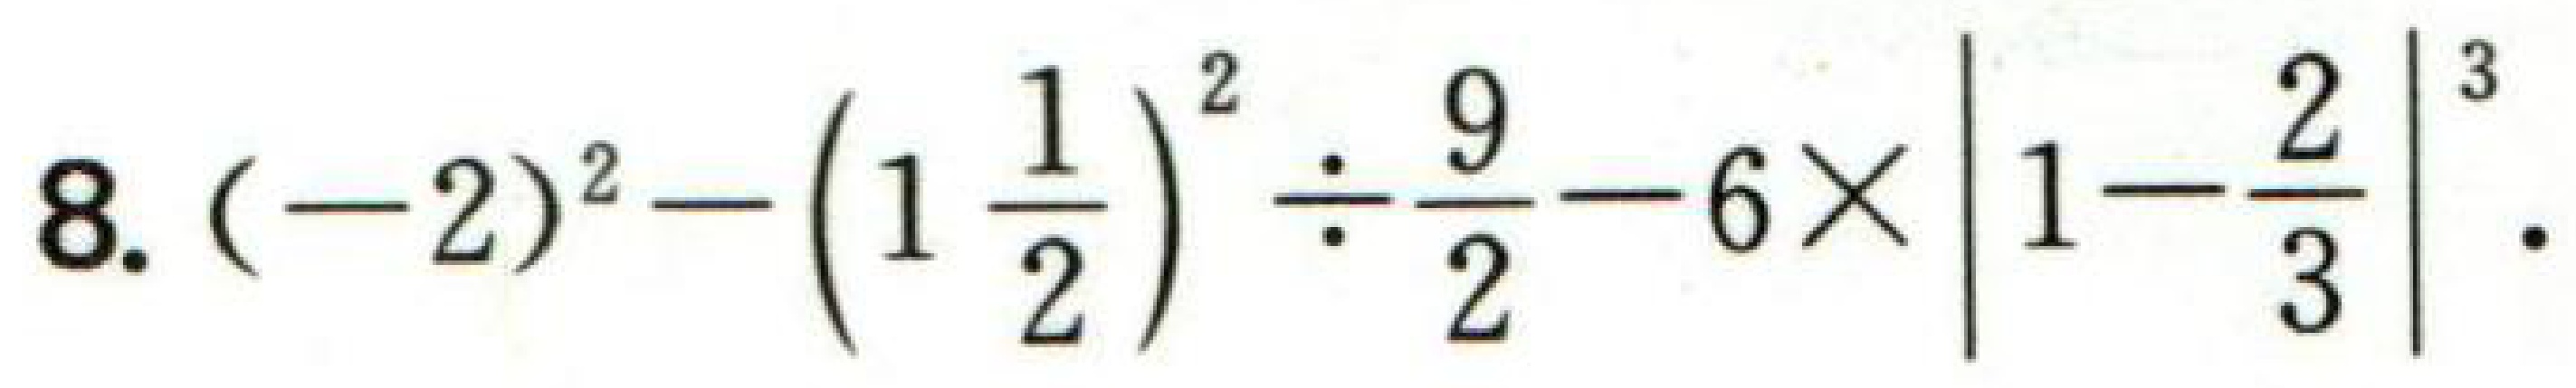
$8.(-2)^{2}-\left(1\frac{1}{2}\right)^{2}\div\frac{9}{2}-6\times\left|1 - \frac{2}{3}\right|^{3}.$